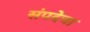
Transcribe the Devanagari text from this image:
संपदेचा